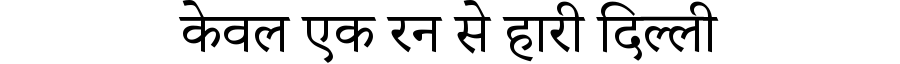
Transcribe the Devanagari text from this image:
केवल एक रन से हारी दिल्ली